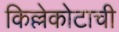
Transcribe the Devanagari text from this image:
किल्लेकोटाची